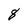
Character: 8